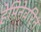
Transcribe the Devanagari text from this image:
हेमिनेवरिन